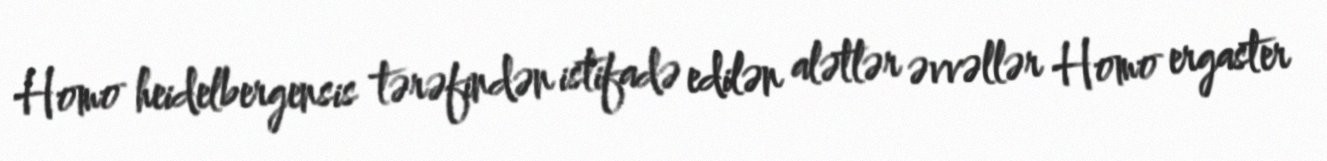
Homo heidelbergensis tərəfindən istifadə edilən alətlər əvvəllər Homo ergaster